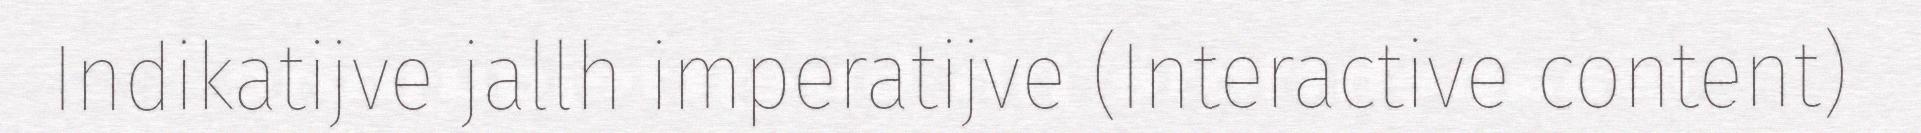
Indikatijve jallh imperatijve (Interactive content)